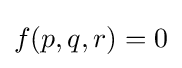
f(p,q,r)=0